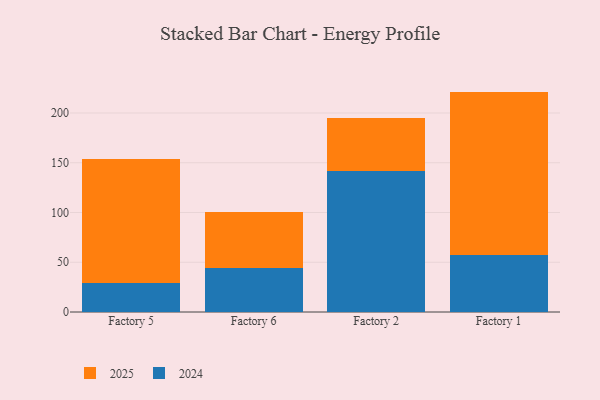
{"axis": {"x": "Factory", "y": "Energy Usage (MWh)"}, "legend": ["2024", "2025"], "data": [{"x": "Factory 5", "y": 124.6, "type": "2025"}, {"x": "Factory 5", "y": 29.3, "type": "2024"}, {"x": "Factory 6", "y": 56.4, "type": "2025"}, {"x": "Factory 6", "y": 44.4, "type": "2024"}, {"x": "Factory 2", "y": 53.3, "type": "2025"}, {"x": "Factory 2", "y": 141.9, "type": "2024"}, {"x": "Factory 1", "y": 164.7, "type": "2025"}, {"x": "Factory 1", "y": 56.8, "type": "2024"}]}